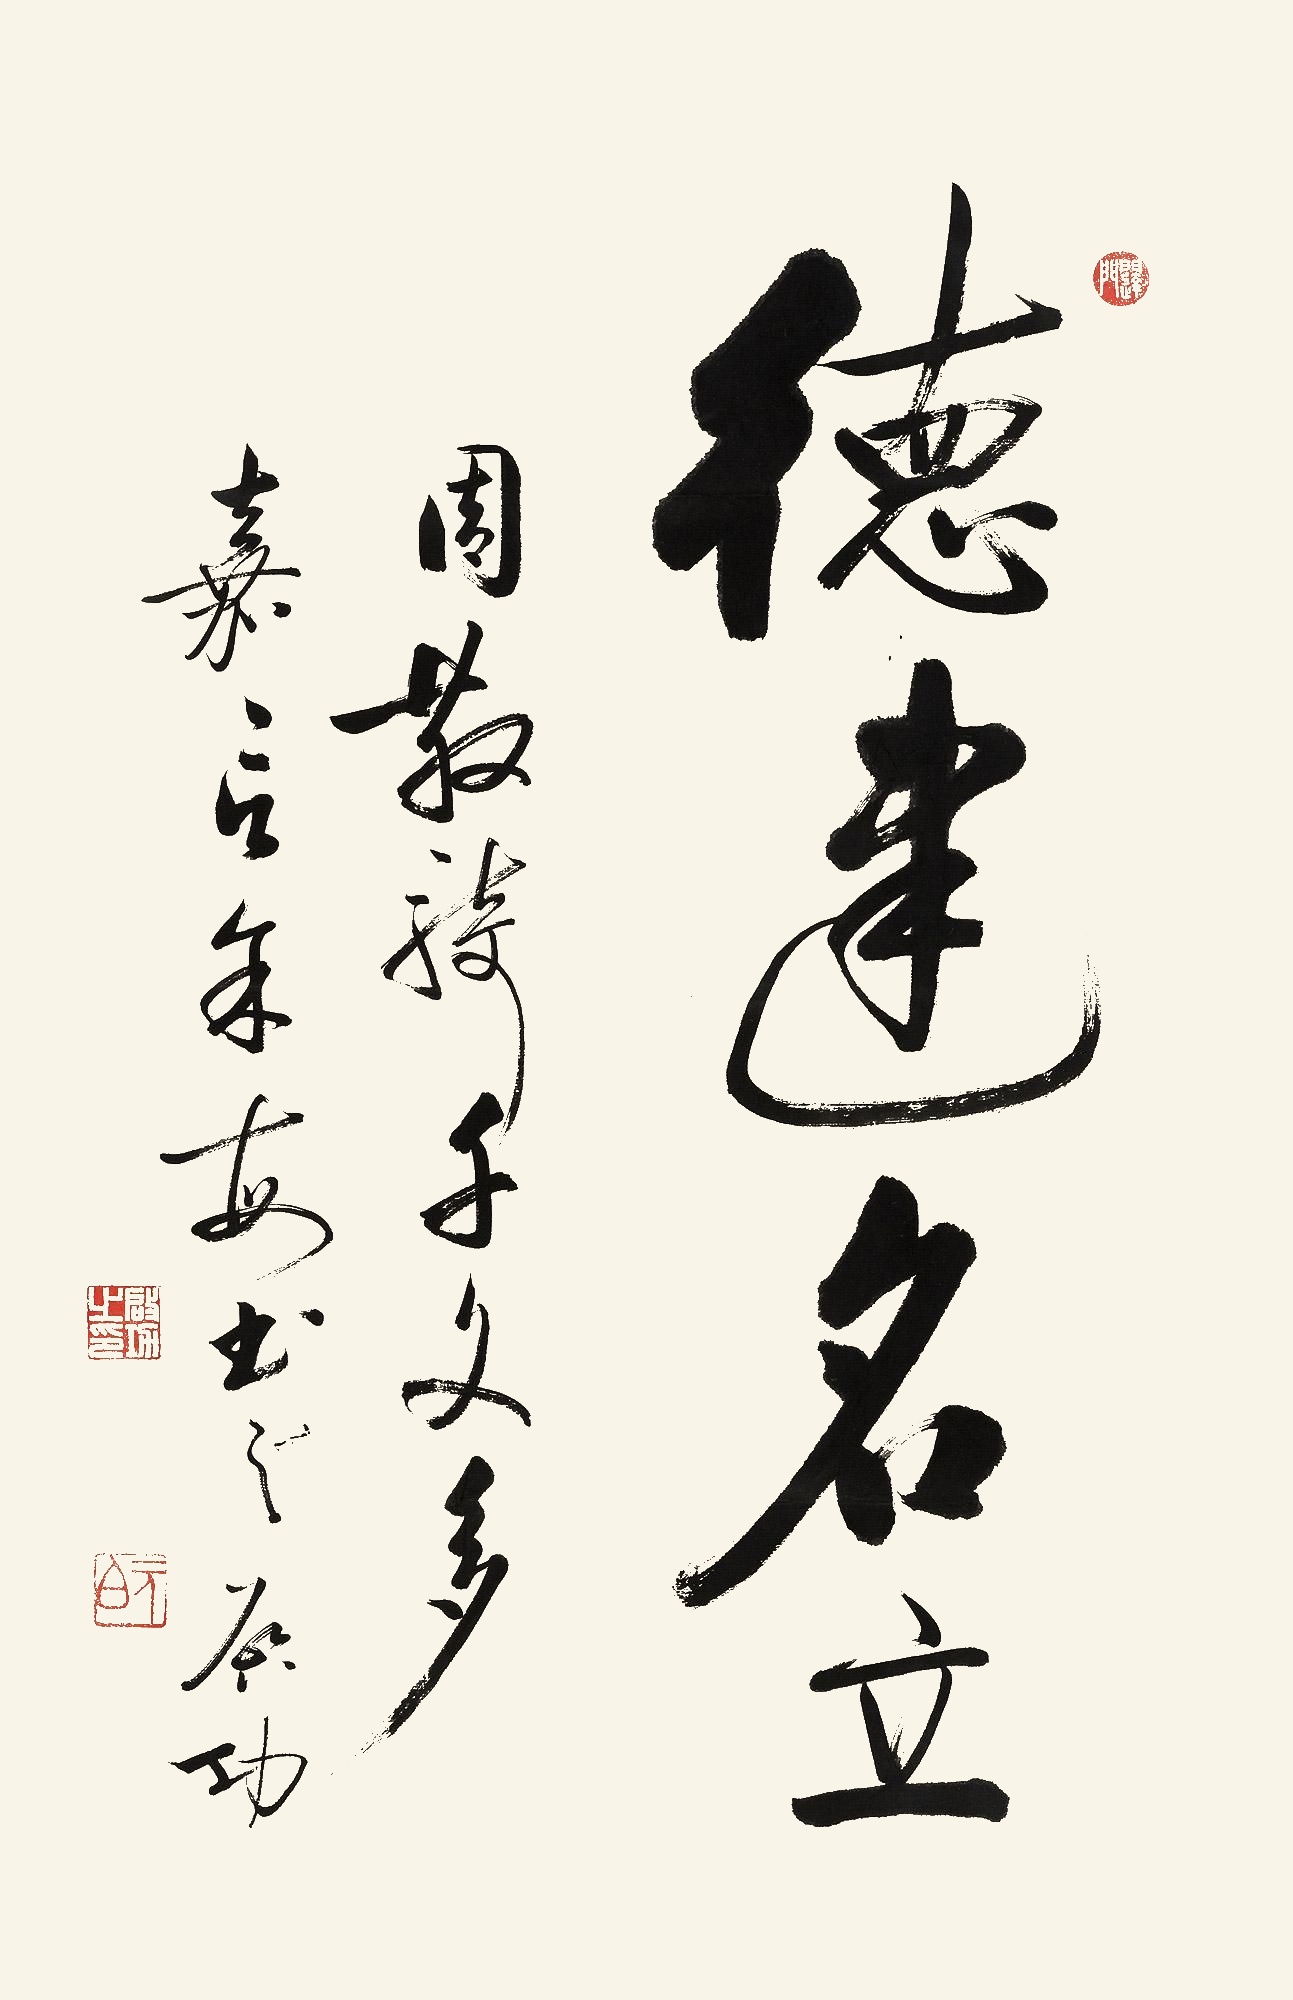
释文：德建名立。周散骑千文多嘉言，余每书之，启功。